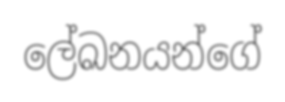
ලේඛනයන්ගේ